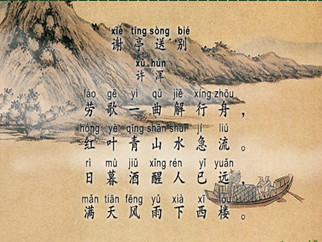
劳歌一曲解行舟，红叶青山水急流。